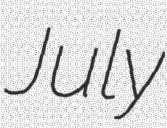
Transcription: July